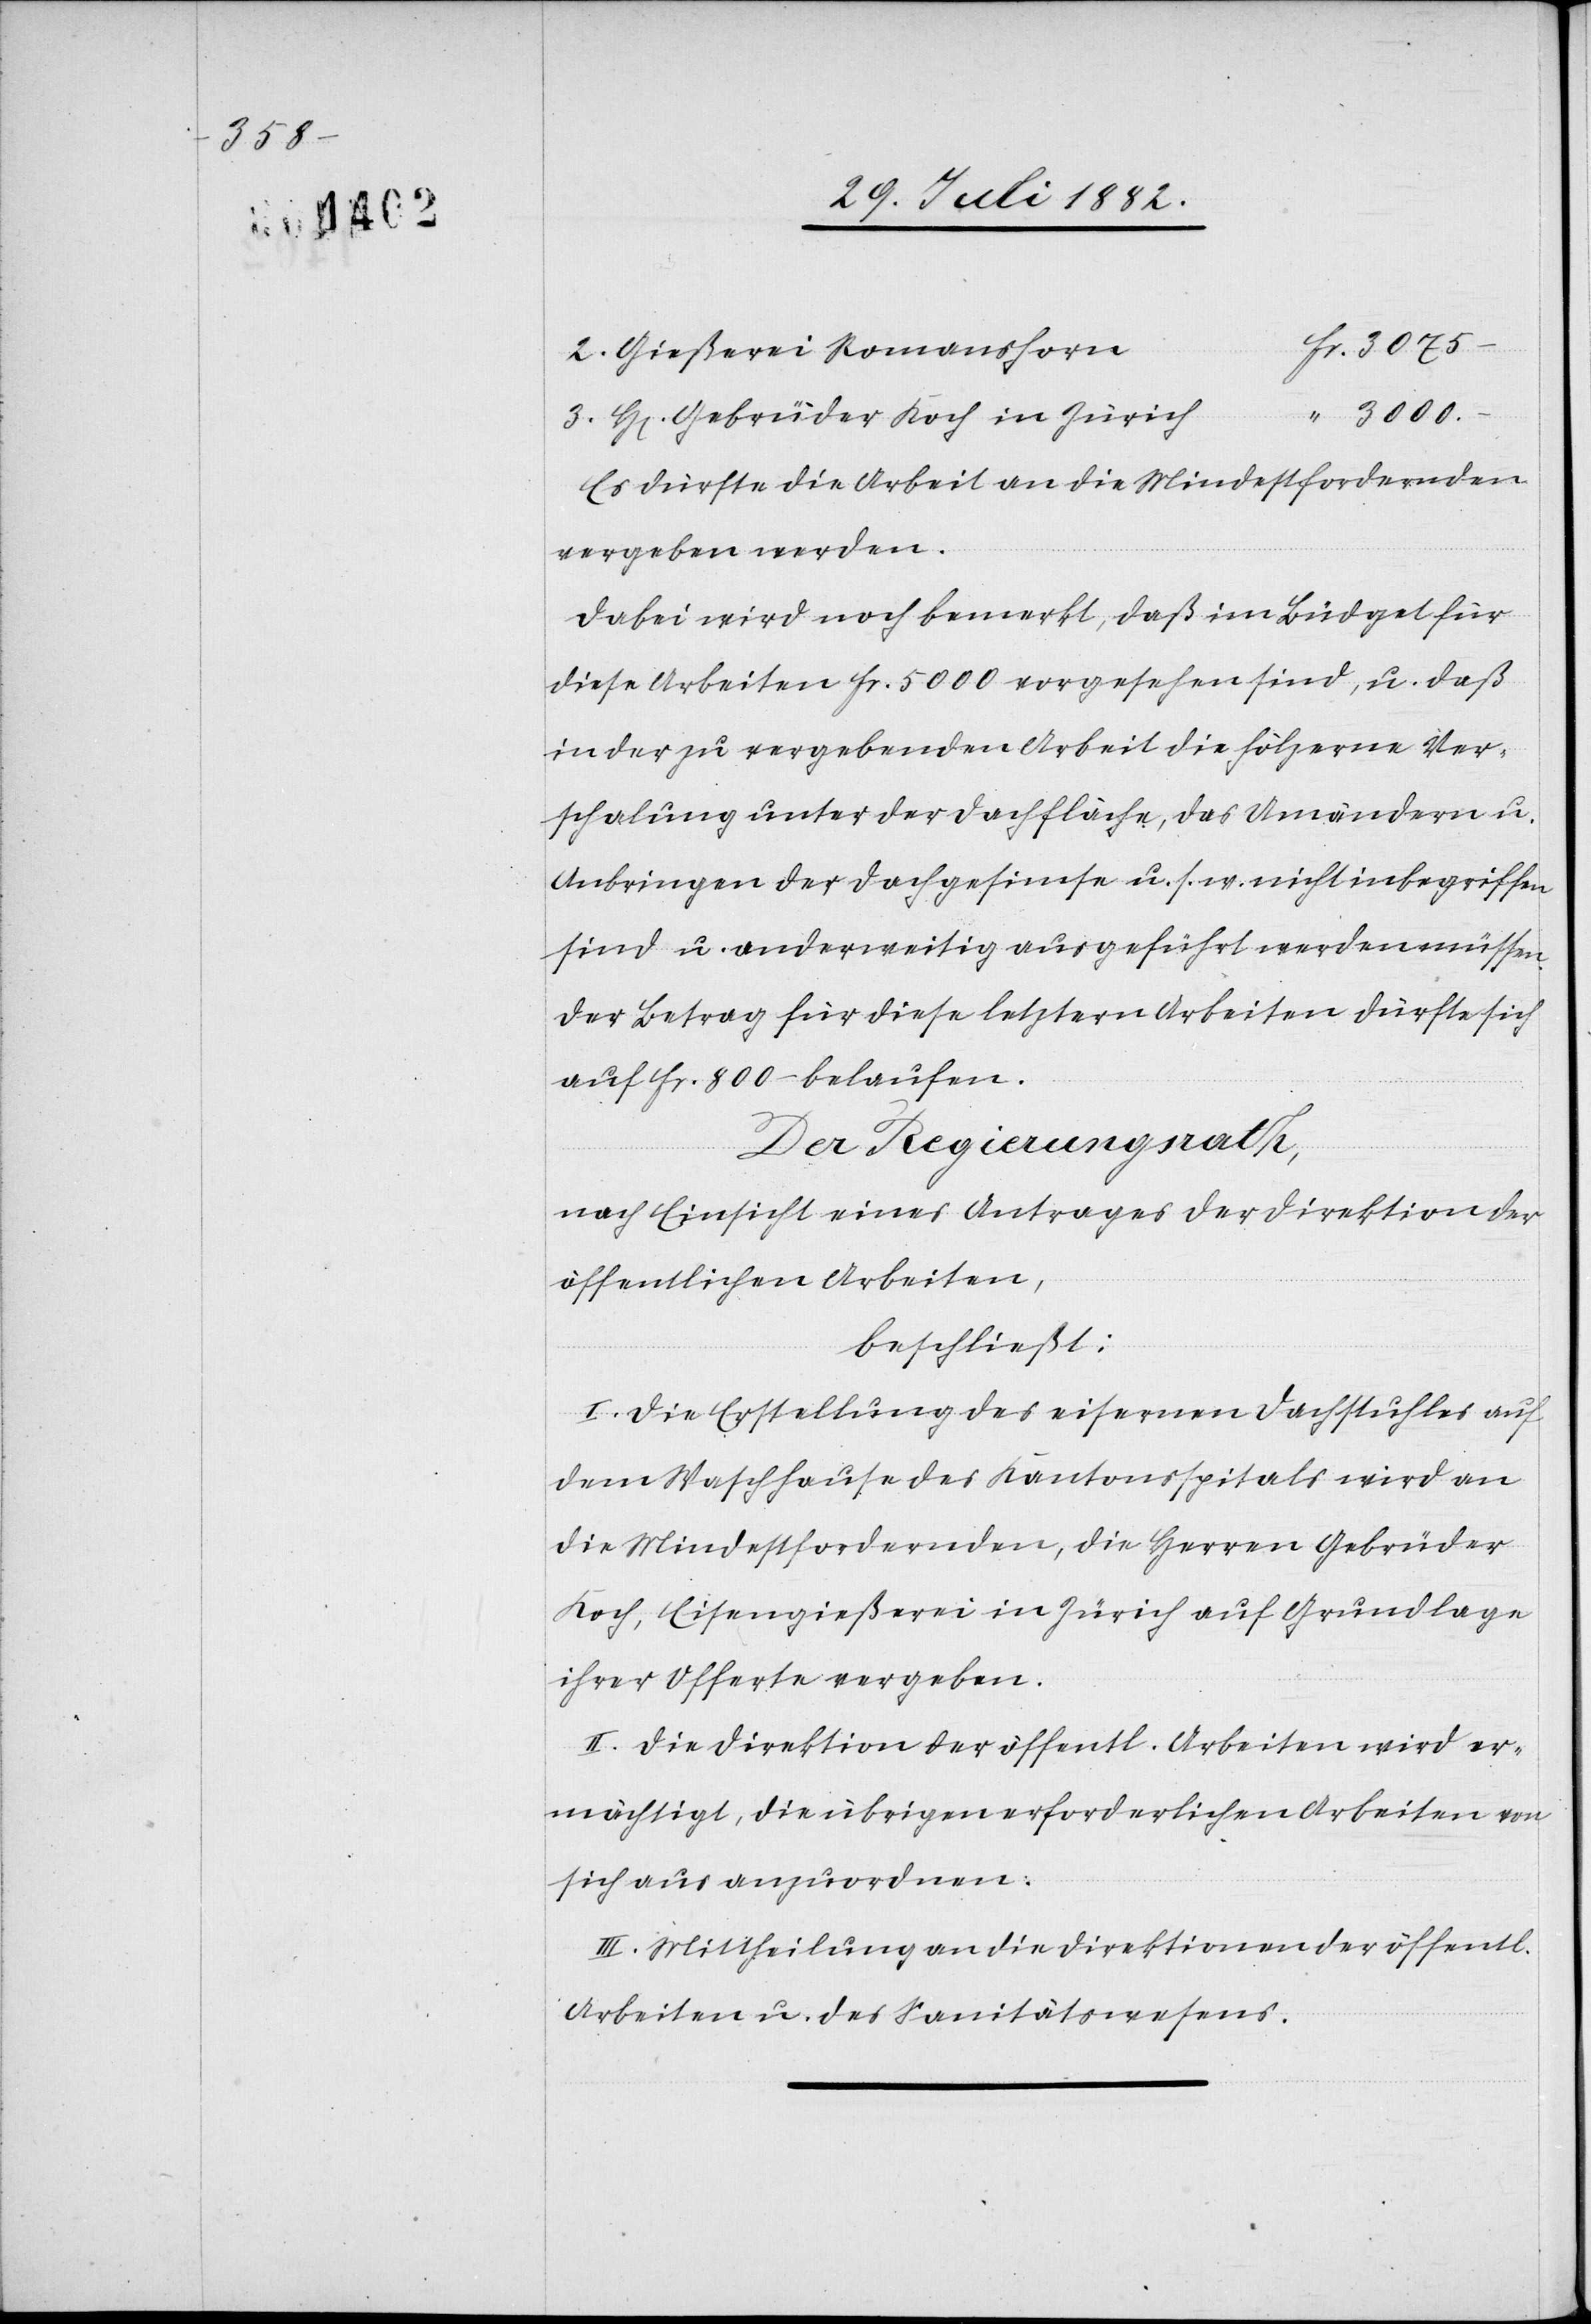
Fr. 3075.–
2. Gießerei Romanshorn
“ 3000.–
3. H[en] Gebrüder Koch in Zürich
Es dürfte die Arbeit an die Mindestfordernden
vergeben werden.
Dabei wird noch bemerkt, daß im Büdget für
diese Arbeiten Fr. 5000 vorgesehen sind, u. daß
in der zu vergebenden Arbeit die hölzerne Ver¬
schalung unter der Dachfläche u. s. w. nicht
sind u. anderweitig ausgeführt werden müssen.
Der Betrag für diese letztere Arbeit dürfte sich
auf Fr. 800.– belaufen.
Der Regierungsrath,
nach Einsicht eines Antrages der Direktion der
öffentlichen Arbeiten,
beschließt:
I. Die Erstellung des eisernen Dachstuhles auf
dem Waschhause des Kantonsspitals wird an
die Mindestfordernden, die Herren Gebrüder
Koch, Eisengießerei in Zürich auf Grundlage
ihrer Offerte vergeben.
II. Die Direktion der öffentl. Arbeiten wird er¬
mächtigt, die übrigen erforderlichen Arbeiten von
sich aus anzuordnen.
III. Mittheilung an die Direktionen der öffentl.
Arbeiten u. des Sanitätswesens.